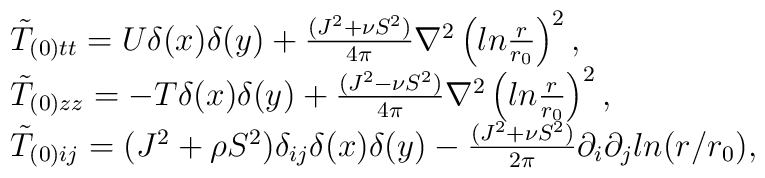
\begin{array}{ll} \tilde T_{(0) tt} = U \delta(x)\delta(y) + \frac{(J^2+ \nu S^2)}{4\pi}\nabla^2 \left(ln\frac{r}{r_0}\right)^2 ,\\\tilde T_{(0) zz} = -T \delta(x)\delta(y) + \frac{(J^2- \nu S^2)}{4\pi}\nabla^2\left(ln\frac{r}{r_0}\right)^2,\\\tilde T_{(0) ij} = (J^2 +\rho S^2) \delta_{ij}\delta(x)\delta(y)- \frac{ (J^2 + \nu S^2) }{2 \pi}\partial_i \partial_j ln(r/r_0),\end{array}